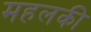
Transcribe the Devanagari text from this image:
महलकी